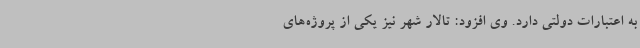
به اعتبارات دولتی دارد. وی افزود: تالار شهر نیز یکی از پروژه‌های